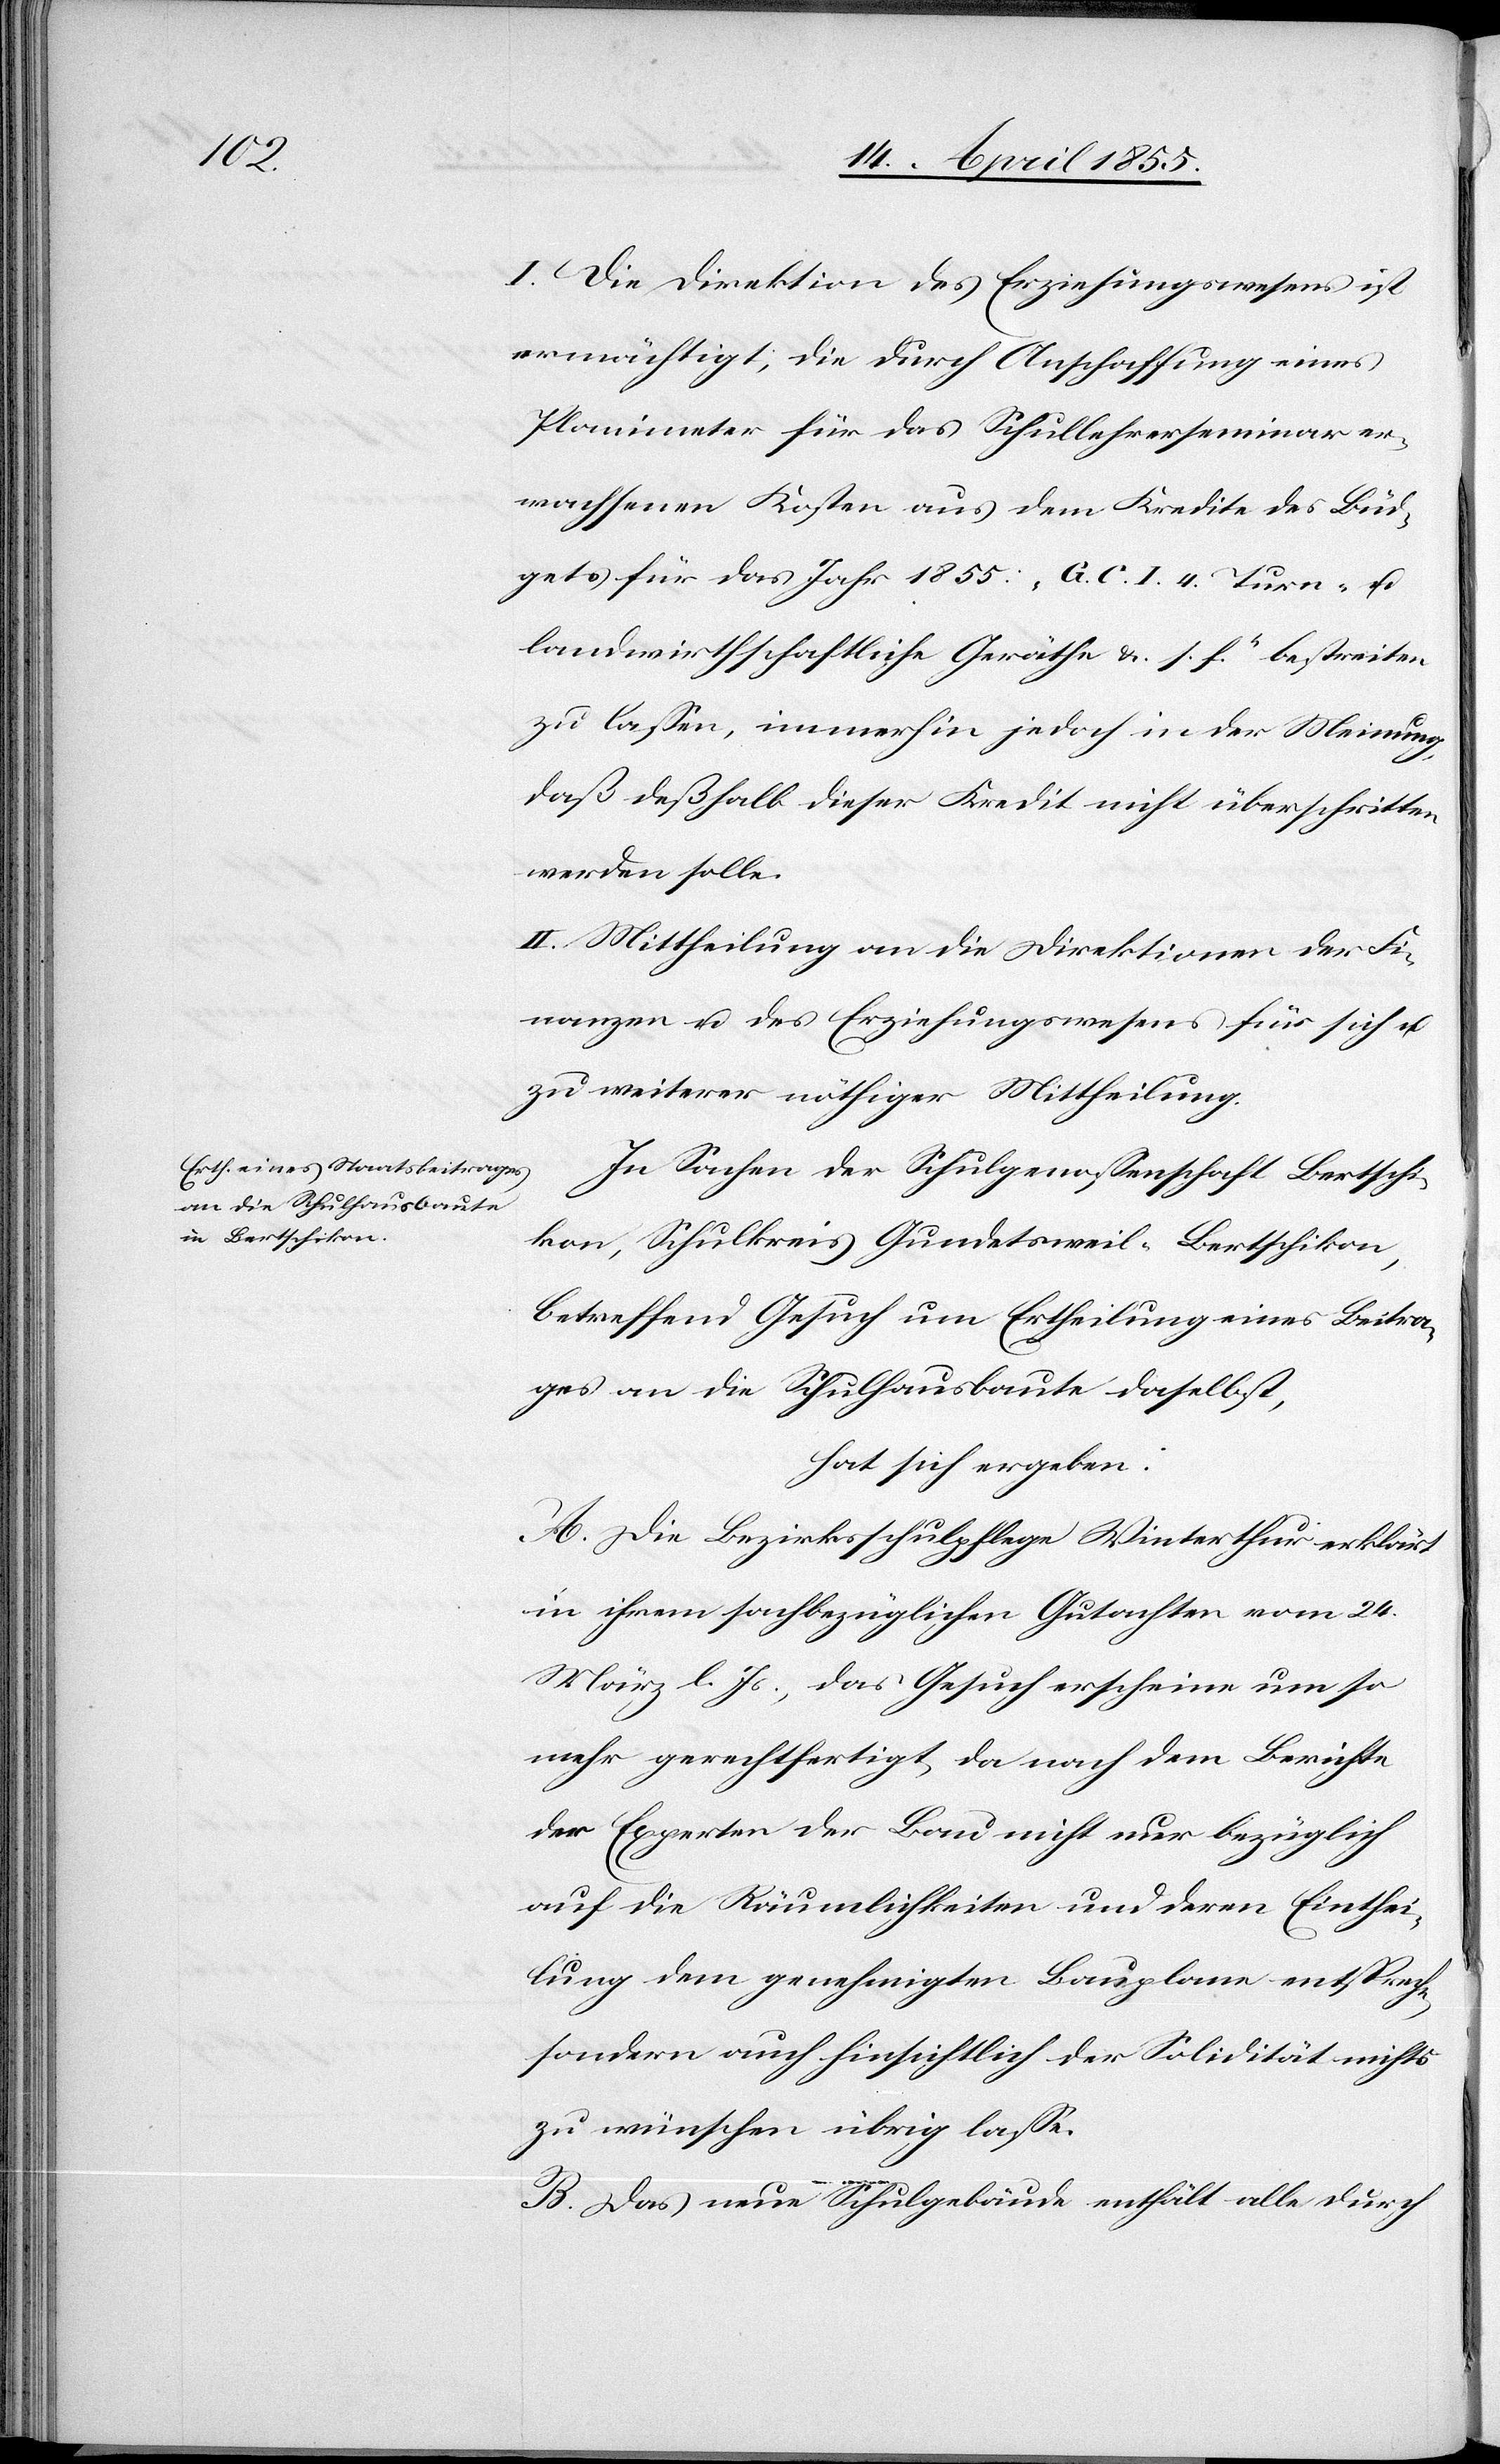
I. Die Direktion des Erziehungswesens ist
ermächtigt, die durch Anschaffung eines
Planimeter für das Schullehrerseminar er¬
wachsenen Kosten aus dem Kredite des Büd¬
gets für das Jahr 1855: „G. C. I. 4. Turn- u.
landwirthschaftliche Geräthe & s. w.“ bestreiten
zu lassen, immerhin jedoch in der Meinung,
daß deßhalb dieser Kredit nicht überschritten
werden solle.
II. Mittheilung an die Direktionen der Fi¬
nanzen u. des Erziehungswesens für sich u.
zu weiterer nöthiger Mittheilung.
In Sachen der Schulgenossenschaft Bertschi¬
kon, Schulkreis Gundetsweil-Bertschikon,
betreffend Gesuch um Ertheilung eines Beitra¬
ges an die Schulhausbaute daselbst,
hat sich ergeben:
A. Die Bezirksschulpflege Winterthur erklärt
in ihrem sachbezüglichen Gutachten vom 24.
März l. Js., das Gesuch erscheine um so
mehr gerechtfertigt, da nach dem Berichte
der Experten der Bau nicht nur bezüglich
auf die Räumlichkeiten und deren Einthei¬
lung dem genehmigten Bauplane entspreche,
sondern auch hinsichtlich der Solidität nichts
zu wünschen übrig lasse.
B. Das neue Schulgebäude enthält alle durch